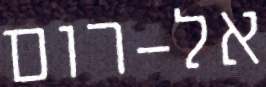
אל-רום